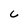
Character: C